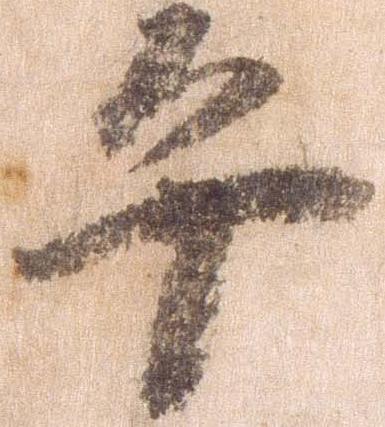
平